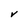
Character: V